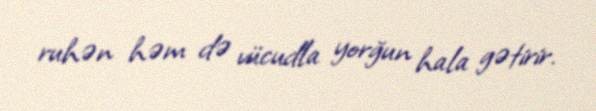
ruhən həm də vücudla yorğun hala gətirir.